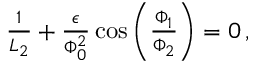
\begin{array} { r } { \frac { 1 } { L _ { 2 } } + \frac { \epsilon } { \Phi _ { 0 } ^ { 2 } } \cos \left( \frac { \Phi _ { 1 } } { \Phi _ { 2 } } \right) = 0 \, , } \end{array}